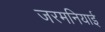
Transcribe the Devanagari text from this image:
जरमनियाई